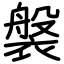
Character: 褩